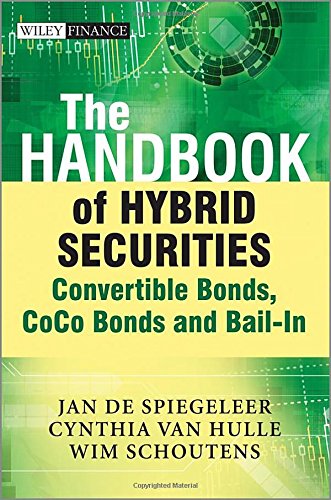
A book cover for The Handbook of Hybrid Securities: Convertible Bonds, CoCo Bonds and Bail-In (The Wiley Finance Series); Jan De Spiegeleer; Business & Money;